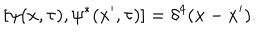
[ \psi ( x , \tau ) , \psi ^ { * } ( x ^ { \prime } , \tau ) ] = \delta ^ { 4 } ( x - x ^ { \prime } ) .